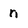
Character: n